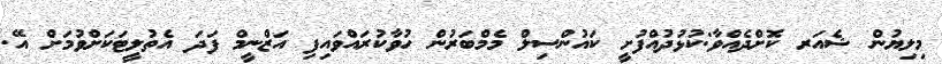
މިލިޔުން ޝެއަރ ކޮށްދެއްވާ:ކުޅުދުއްފުށީ ކައުންސިލް މެމްބަރުން ހުވާކުރައްވައިފި އަޒްނީމް ފަދަ އެތުލީޓަކަށްވުމަށް އޭ.